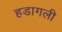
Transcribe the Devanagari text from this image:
हडागली